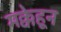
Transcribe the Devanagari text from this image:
मक्केहून